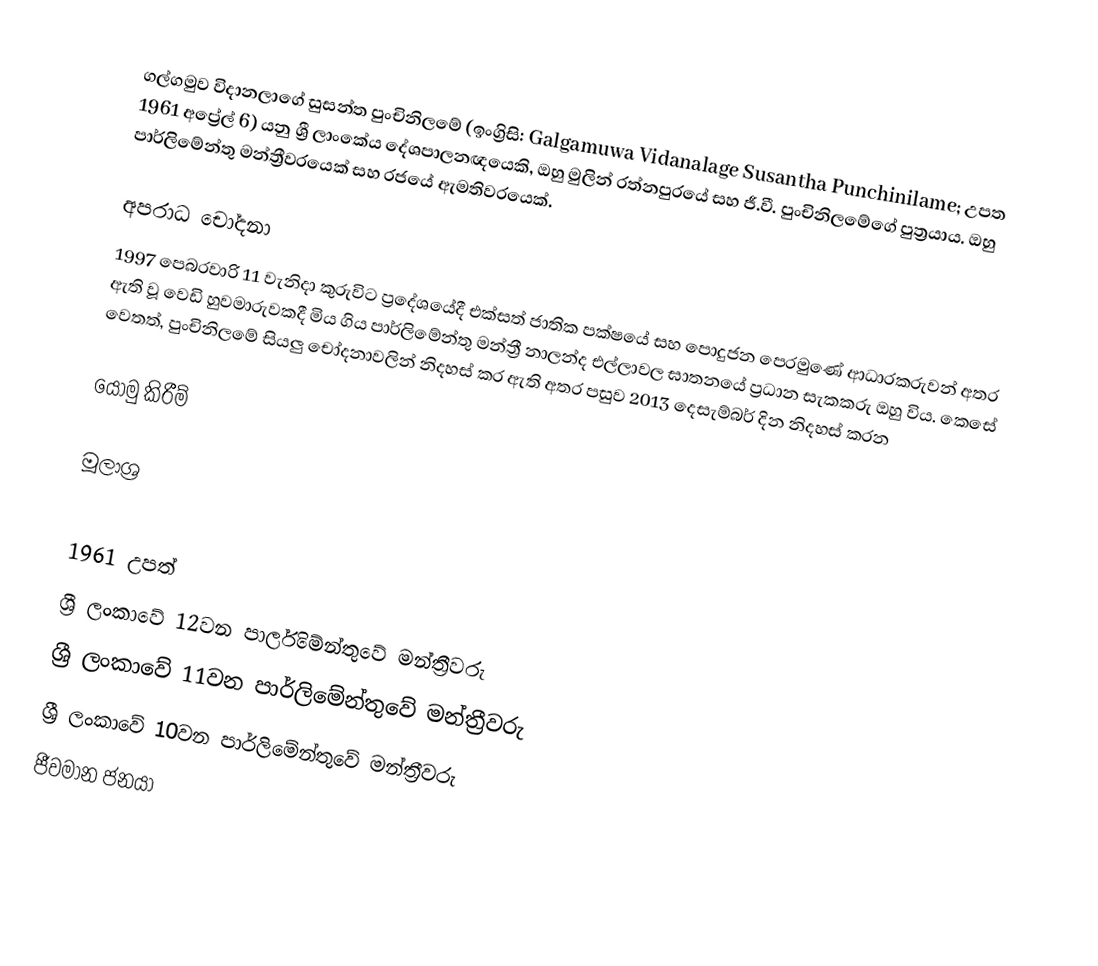
ගල්ගමුව විදානලාගේ සුසන්ත පුංචිනිලමේ (ඉංග්‍රිසි: Galgamuwa Vidanalage Susantha Punchinilame; උපත 1961 අප්‍රේල් 6) යනු ශ්‍රී ලාංකේය දේශපාලනඥයෙකි, ඔහු මුලින් රත්නපුරයේ සහ ජී.වී. පුංචිනිලමේගේ පුත්‍රයාය.   ඔහු පාර්ලිමේන්තු මන්ත්‍රීවරයෙක් සහ රජයේ ඇමතිවරයෙක්.

අපරාධ චෝදනා
1997 පෙබරවාරි 11 වැනිදා කුරුවිට ප්‍රදේශයේදී එක්සත් ජාතික පක්ෂයේ සහ පොදුජන පෙරමුණේ ආධාරකරුවන් අතර ඇති වූ වෙඩි හුවමාරුවකදී මිය ගිය පාර්ලිමේන්තු මන්ත්‍රී නාලන්ද එල්ලාවල ඝාතනයේ ප්‍රධාන සැකකරු ඔහු විය. කෙසේ වෙතත්, පුංචිනිලමේ සියලු චෝදනාවලින් නිදහස් කර ඇති අතර පසුව 2013 දෙසැම්බර්  දින නිදහස් කරන

යොමු කිරීම්

මූලාශ්‍ර

1961 උපත්
ශ්‍රී ලංකාවේ 12වන පාර්ලිමේන්තුවේ මන්ත්‍රීවරු
ශ්‍රී ලංකාවේ 11වන පාර්ලිමේන්තුවේ මන්ත්‍රීවරු
ශ්‍රී ලංකාවේ 10වන පාර්ලිමේන්තුවේ මන්ත්‍රීවරු
ජීවමාන ජනයා